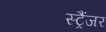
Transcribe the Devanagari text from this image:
स्ट्रैंजर